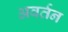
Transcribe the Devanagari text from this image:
अवर्तन